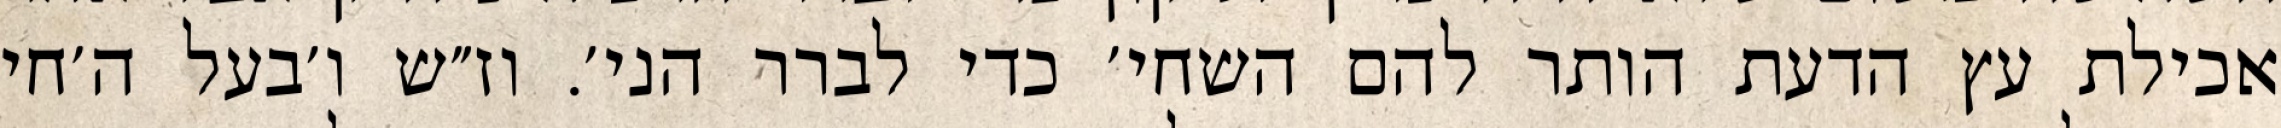
אכילת עץ הדעת הותר להם השחי׳ כדי לברר הני׳. וז״ש ו׳בעל ה׳חי